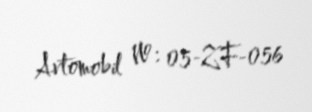
Avtomobil №: 05-ZF-056